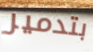
بتدمير